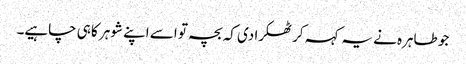
جو طاہرہ نے یہ کہہ کر ٹھکرا دی کہ بچہ تو اسے اپنے شوہر کا ہی چاہیے۔